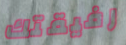
رفيقتك